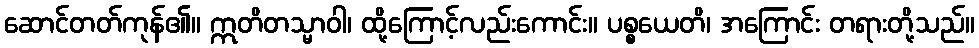
ဆောင်တတ်ကုန်၏။ ဣတိတသ္မာဝါ၊ ထို့ကြောင့်လည်းကောင်း။ ပစ္စယေတိ၊ အကြောင်း တရားတို့သည်။